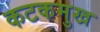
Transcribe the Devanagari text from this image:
कटकमुख